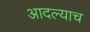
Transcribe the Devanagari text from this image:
आदल्याच